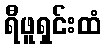
ရီဖူရှင်းထံ